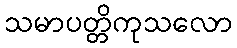
သမာပတ္တိကုသလော